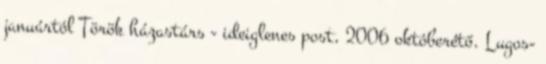
januártól Török házastárs - ideiglenes post, 2006 októberétő. Lugos-